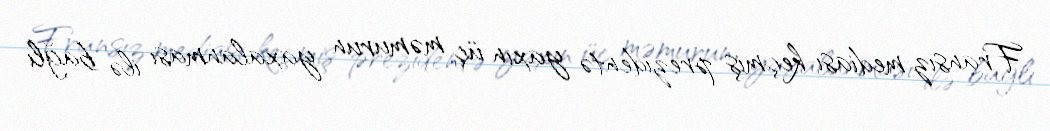
Fransız mediası keçmiş prezidentə yaxın üç məmurun yaxalanması ilə bağlı